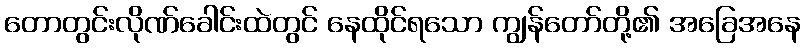
တောတွင်းလိုဏ်ခေါင်းထဲတွင် နေထိုင်ရသော ကျွန်တော်တို့၏ အခြေအနေ